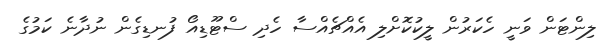
ލިންޓަން ވަނީ ހެކަރުން ލީކުކޮށްލި އެއްޗެއްސާ ހެދި ސްޓޫޑިއޯ ފުނޑިގެން ނުދާނެ ކަމުގެ